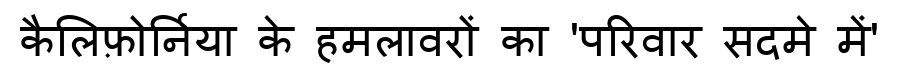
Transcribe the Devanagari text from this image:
कैलिफ़ोर्निया के हमलावरों का 'परिवार सदमे में'